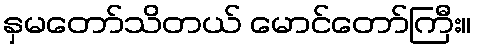
နှမတော်သိတယ် မောင်တော်ကြီး။